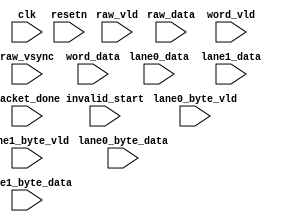
/*
	
	row_cnt


*/


module mipi_check(
							input 			clk	,
							input			resetn,
	//
	(* MARK_DEBUG="true" *) input			raw_vld	,
	(* MARK_DEBUG="true" *) input 	[15:0]	raw_data,
	(* MARK_DEBUG="true" *) input			raw_vsync,
	//mipi
	(* MARK_DEBUG="true" *) input	[7:0]	lane0_data		,
	(* MARK_DEBUG="true" *) input	[7:0]	lane1_data		,
	(* MARK_DEBUG="true" *) input 	[7:0]	lane0_byte_data,
	(* MARK_DEBUG="true" *) input 			lane0_byte_vld ,
	(* MARK_DEBUG="true" *) input 	[7:0]	lane1_byte_data,
	(* MARK_DEBUG="true" *) input 			lane1_byte_vld	,
	(* MARK_DEBUG="true" *) input	[15:0]	word_data		,
	(* MARK_DEBUG="true" *) input			word_vld		,
	(* MARK_DEBUG="true" *) input			invalid_start	,
	(* MARK_DEBUG="true" *) input			packet_done

	

);

//========================================
(* MARK_DEBUG="true" *) reg [15:0]		row_cnt;
reg 			raw_vld_r1;

(* MARK_DEBUG="true" *) wire 			raw_vld_pos;

(* MARK_DEBUG="true" *) reg				row_err;
(* MARK_DEBUG="true" *) reg	[7:0]		row_err_cnt;
//============main code============
always@(posedge clk)begin
		raw_vld_r1 <= raw_vld;
end

assign  raw_vld_pos = ~raw_vld_r1 & raw_vld;

always@(posedge clk or negedge resetn)begin
	if(!resetn)
		row_cnt <= 'd0;
	else if(raw_vsync == 1'b1)
		row_cnt <= 'd0;
	else if(raw_vld_pos == 1'b1)
		row_cnt <= row_cnt +1'b1;
end

always@(posedge clk or negedge resetn)begin
	if(!resetn)
		row_err <= 'd0;
	else if(raw_vsync == 1'b1 && row_cnt != 'd1080)
		row_err <= 1'b1;
	else	
		row_err <= 1'b0;
end


always@(posedge clk or negedge resetn)begin
	if(!resetn)
		row_err_cnt <= 'd0;
	else if(row_err == 1'b1)
		row_err_cnt <= row_err_cnt + 1'b1;
end




endmodule